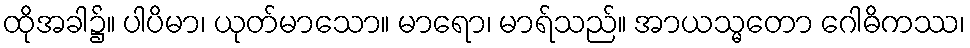
ထိုအခါ၌။ ပါပိမာ၊ ယုတ်မာသော။ မာရော၊ မာရ်သည်။ အာယသ္မတော ဂေါဓိကဿ၊